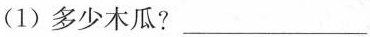
（1）多少木瓜？___